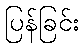
ပြန်ခြင်း